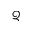
\mathcal { Q }